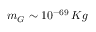
m _ { G } \sim 1 0 ^ { - 6 9 } \, K g